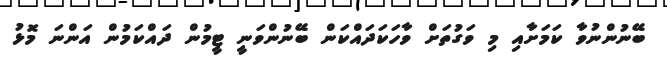
ބޭނުންނުވާ ކަމަށާއި މި ވަގުތަށް ވާހަކަދައްކަން ބޭނުންވަނީ ޓީމުން ދައްކަމުން އަންނަ މޮޅު